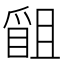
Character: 𭶴